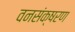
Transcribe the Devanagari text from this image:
वनसंक्षरण